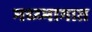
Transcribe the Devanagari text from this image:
मध्य्भागात